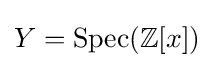
Y=\operatorname {Spec} (\mathbb {Z} [x])